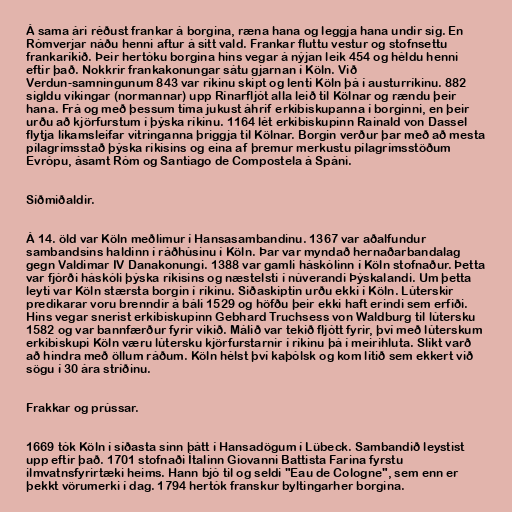
Á sama ári réðust frankar á borgina, ræna hana og leggja hana undir sig. En
Rómverjar náðu henni aftur á sitt vald. Frankar fluttu vestur og stofnsettu
frankaríkið. Þeir hertóku borgina hins vegar á nýjan leik 454 og héldu henni
eftir það. Nokkrir frankakonungar sátu gjarnan í Köln. Við
Verdun-samningunum 843 var ríkinu skipt og lenti Köln þá í austurríkinu. 882
sigldu víkingar (normannar) upp Rínarfljót alla leið til Kölnar og rændu þeir
hana. Frá og með þessum tíma jukust áhrif erkibiskupanna í borginni, en þeir
urðu að kjörfurstum í þýska ríkinu. 1164 lét erkibiskupinn Rainald von Dassel
flytja líkamsleifar vitringanna þriggja til Kölnar. Borgin verður þar með að mesta
pílagrímsstað þýska ríkisins og eina af þremur merkustu pílagrímsstöðum
Evrópu, ásamt Róm og Santiago de Compostela á Spáni.

Síðmiðaldir.

Á 14. öld var Köln meðlimur í Hansasambandinu. 1367 var aðalfundur
sambandsins haldinn í ráðhúsinu í Köln. Þar var myndað hernaðarbandalag
gegn Valdimar IV Danakonungi. 1388 var gamli háskólinn í Köln stofnaður. Þetta
var fjórði háskóli þýska ríkisins og næstelsti í núverandi Þýskalandi. Um þetta
leyti var Köln stærsta borgin í ríkinu. Siðaskiptin urðu ekki í Köln. Lúterskir
predikarar voru brenndir á báli 1529 og höfðu þeir ekki haft erindi sem erfiði.
Hins vegar snerist erkibiskupinn Gebhard Truchsess von Waldburg til lútersku
1582 og var bannfærður fyrir vikið. Málið var tekið fljótt fyrir, því með lúterskum
erkibiskupi Köln væru lútersku kjörfurstarnir í ríkinu þá í meirihluta. Slíkt varð
að hindra með öllum ráðum. Köln hélst því kaþólsk og kom lítið sem ekkert við
sögu í 30 ára stríðinu.

Frakkar og prússar.

1669 tók Köln í síðasta sinn þátt í Hansadögum í Lübeck. Sambandið leystist
upp eftir það. 1701 stofnaði Ítalinn Giovanni Battista Farina fyrstu
ilmvatnsfyrirtæki heims. Hann bjó til og seldi "Eau de Cologne", sem enn er
þekkt vörumerki í dag. 1794 hertók franskur byltingarher borgina.